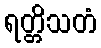
ရတ္တိသတံ